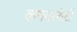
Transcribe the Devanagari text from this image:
कमवलेली